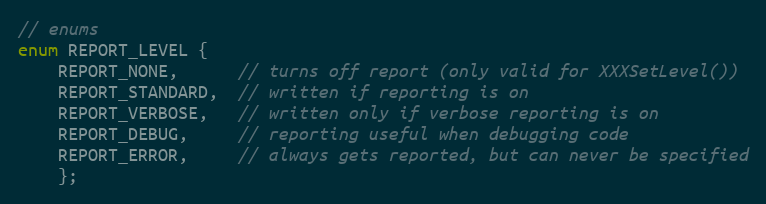
Language: C
// enums
enum REPORT_LEVEL {
	REPORT_NONE,      // turns off report (only valid for XXXSetLevel())
	REPORT_STANDARD,  // written if reporting is on
	REPORT_VERBOSE,   // written only if verbose reporting is on
	REPORT_DEBUG,     // reporting useful when debugging code
	REPORT_ERROR,     // always gets reported, but can never be specified
	};